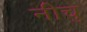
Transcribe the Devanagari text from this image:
नीचु